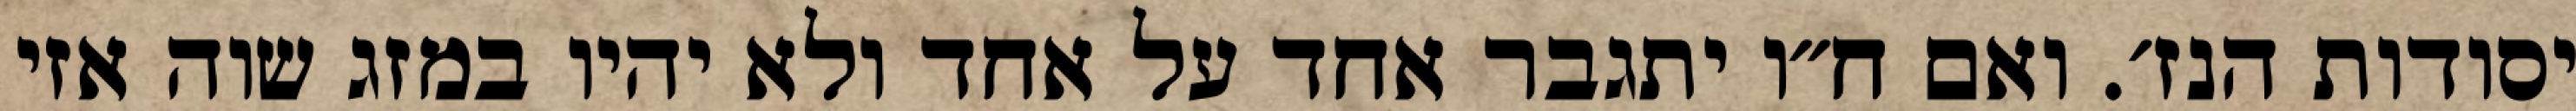
יסודות הנז׳. ואם ח״ו יתגבר אחד על אחד ולא יהיו במזג שוה אזי